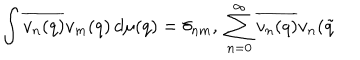
LaTeX: \int \overline { { { v _ { n } ( q ) } } } v _ { m } ( q ) \, d \mu ( q ) = \delta _ { n m } , \; \sum _ { n = 0 } ^ { \infty } \overline { { { v _ { n } ( q ) } } } v _ { n } ( \tilde { q }